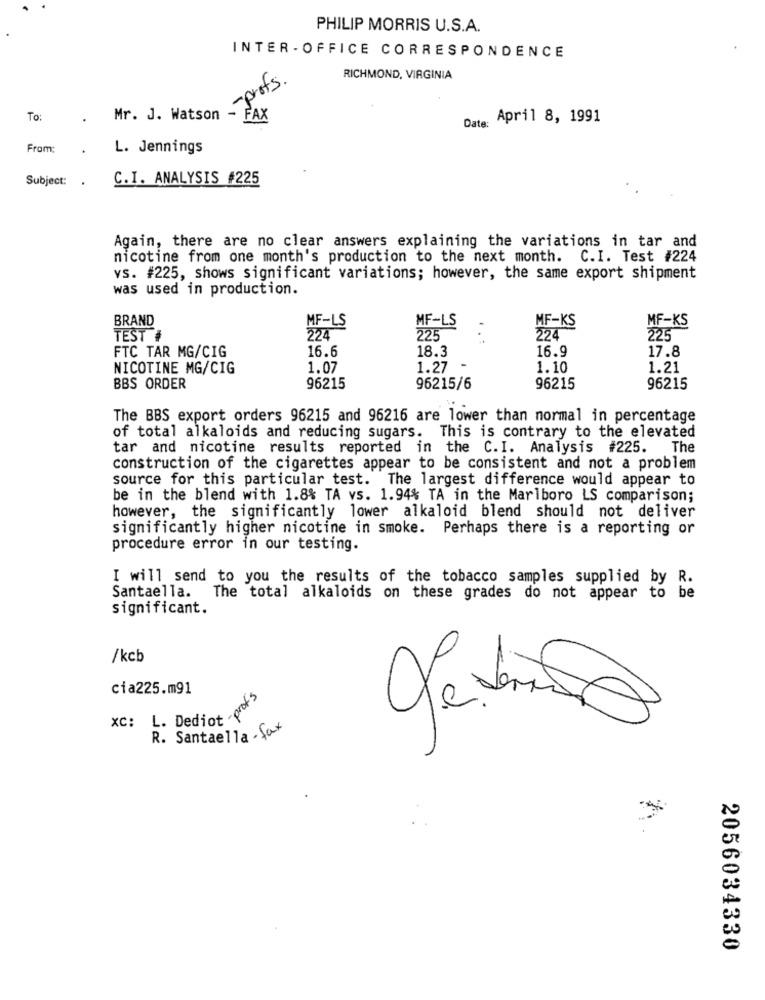
PHILIP MORRIS U.S.A.
INTER - OFFICE CORRESPONDENCE
-profs.
RICHMOND, VIRGINIA
To:
Mr. J. Watson
FAX
Date:
April 8, 1991
From:
L. Jennings
Subject:
.
C.I. ANALYSIS #225
Again, there are no clear answers explaining the variations in tar and
nicotine from one month's production to the next month. C.I. Test #224
vs. #225, shows significant variations; however, the same export shipment
was used in production.
MF-LS
MF-KS
MF-KS
BRAND
MF-LS
TEST #
224
225
. . :
224
225
18.3
16.9
17.8
FTC TAR MG/CIG
16.6
NICOTINE MG/CIG
1.07
1.27
1.10
1.21
BBS ORDER
96215
96215/6
96215
96215
The BBS export orders 96215 and 96216 are lower than normal in percentage
of total alkaloids and reducing sugars. This is contrary to the elevated
tar and nicotine results reported in the C.I. Analysis #225. The
construction of the cigarettes appear to be consistent and not a problem
source for this particular test. The largest difference would appear to
be in the blend with 1.8% TA vs. 1.94% TA in the Marlboro LS comparison;
however, the significantly lower alkaloid blend should not deliver
significantly higher nicotine in smoke. Perhaps there is a reporting or
procedure error in our testing.
I will send to you the results of the tobacco samples supplied by R.
Santaella. The total alkaloids on these grades do not appear to be
significant.
/kcb
cia225.m91
xc: L. Dediot pro
pots
R. Santaella - fat
2056034330